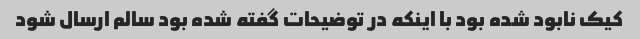
کیک نابود شده بود با اینکه در توضیحات گفته شده بود سالم ارسال شود